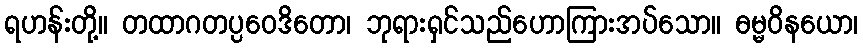
ရဟန်းတို့။ တထာဂတပ္ပဝေဒိတော၊ ဘုရားရှင်သည်ဟောကြားအပ်သော။ ဓမ္မဝိနယော၊